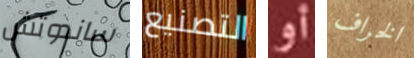
ساندوتش التصنيع أو الخراف